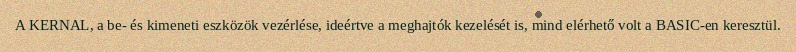
A KERNAL, a be- és kimeneti eszközök vezérlése, ideértve a meghajtók kezelését is, mind elérhető volt a BASIC-en keresztül.